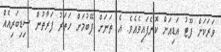
ވަރަކަށް ފޫޓު އަޑިއަށް ކޮނެފައިވެއެވެ. އެ ތަނަށް ފޭބުމަށް ހަތަރު ފަރާތުން ސިޑިބަރިއެއް